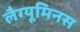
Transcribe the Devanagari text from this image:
लैग्यूमिनस